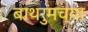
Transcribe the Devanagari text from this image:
बाथरुमच्‍या